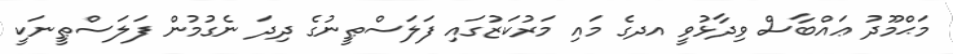
މަޙްމޫދު ޢައްބާސް ވިދާޅުވީ އދގެ މައި މަރުކަޒުުގައި ފަލަސްޠީނުގެ ދިދަ ނެގުމުން ފަލަސްޠީނަކީ